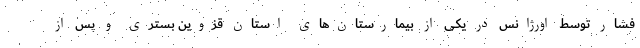
فشار توسط اورژانس در یکی از بیمارستان‌های استان قزوین بستری و پس از